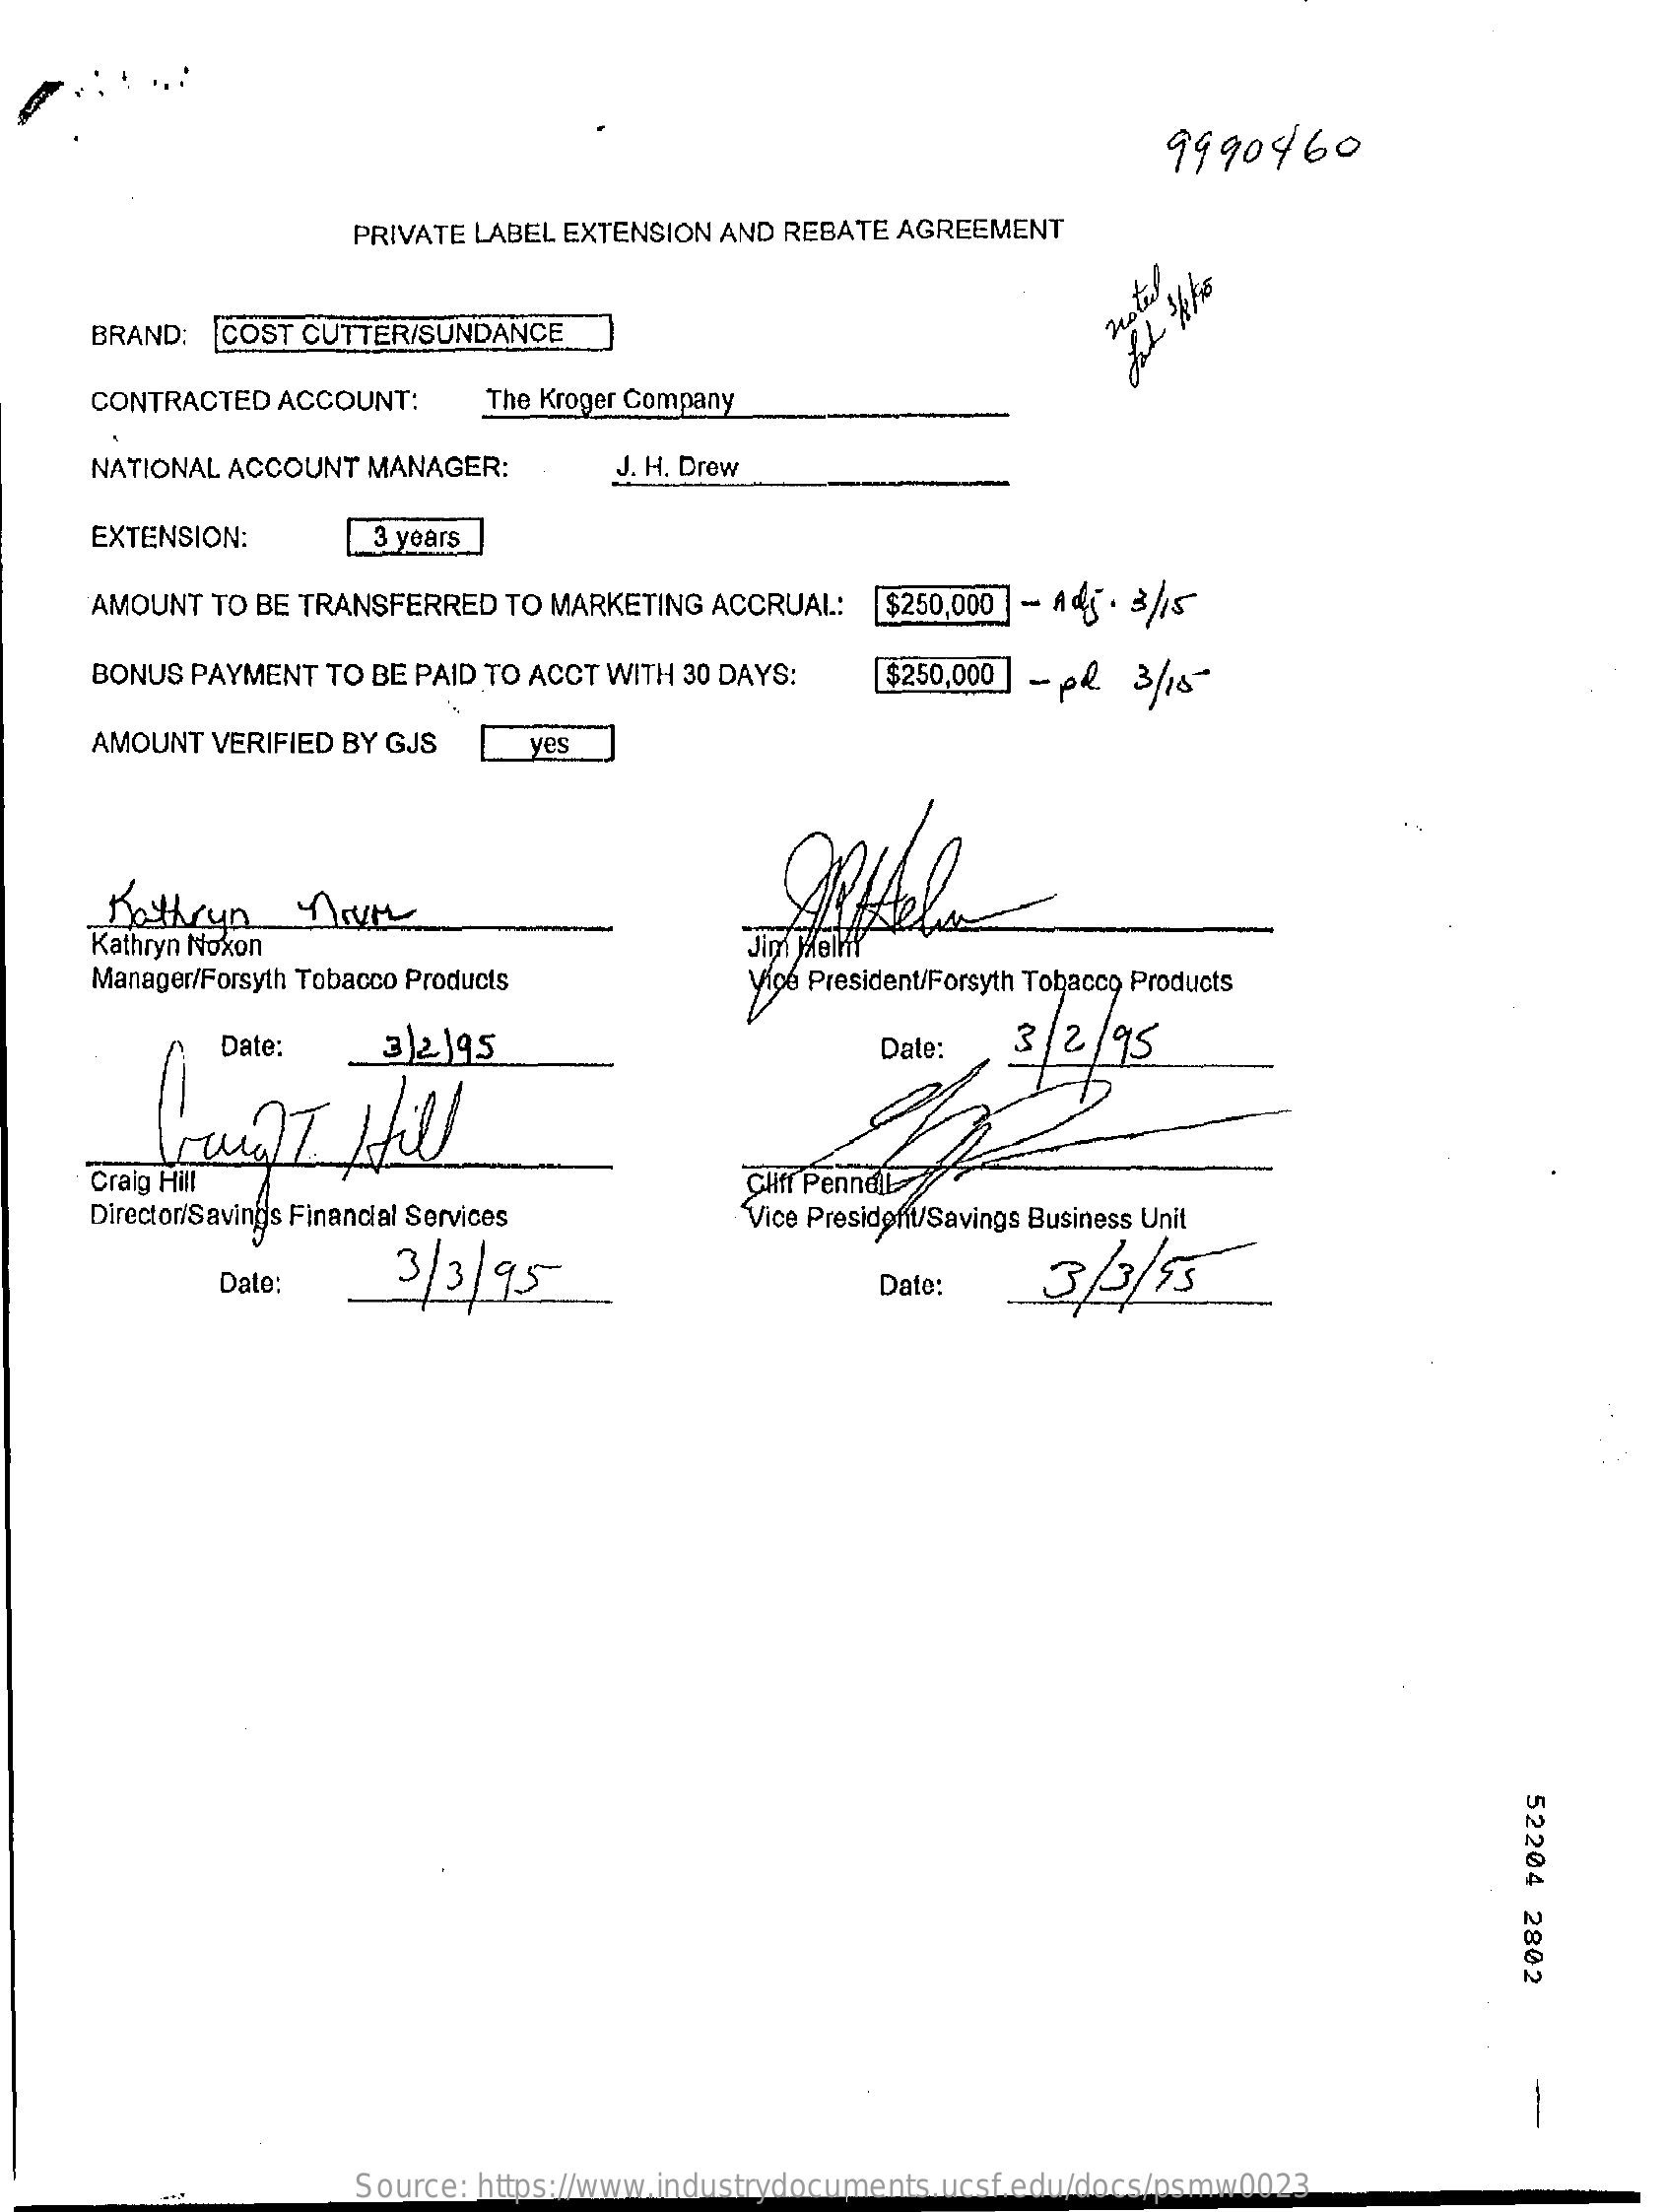
9990460
     PRIVATE LABEL EXTENSION AND REBATE AGREEMENT
     BRAND:  COST CUTTER/SUNDANCE
     hotel
     CONTRACTED ACCOUNT:    The Kroger Company
     NATIONAL ACCOUNT MANAGER:    J. H. Drew
     EXTENSION:    3 years
     AMOUNT TO BE TRANSFERRED TO MARKETING ACCRUAL:   $250,000 - A 4 . 3/15
     BONUS PAYMENT TO BE PAID TO ACCT WITH 30 DAYS:   $250,000 - pl  3/18 "
     AMOUNT VERIFIED BY GJS    yes
     Kathryn
     Kathryn Noxon
     Manager/Forsyth Tobacco Products
     Jim Melly
     Vice President/Forsyth Tobacco Products
     Date:    3 2195    Date:   3/2/95
     Craig Hill    Cliff Pennel
     Director/Savings Financial Services
     3/3/95
     Vice Presidofit/Savings Business Unit
     Date:    Date:    3/3/55
     52204
     2802
     Source: https://www.industrydocuments.ucsf.edu/docs/psmw0023